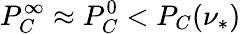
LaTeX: P_{C}^{\infty}\approx P_{C}^{0}<P_{C}(\nu_{*})